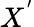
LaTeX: X^{'}